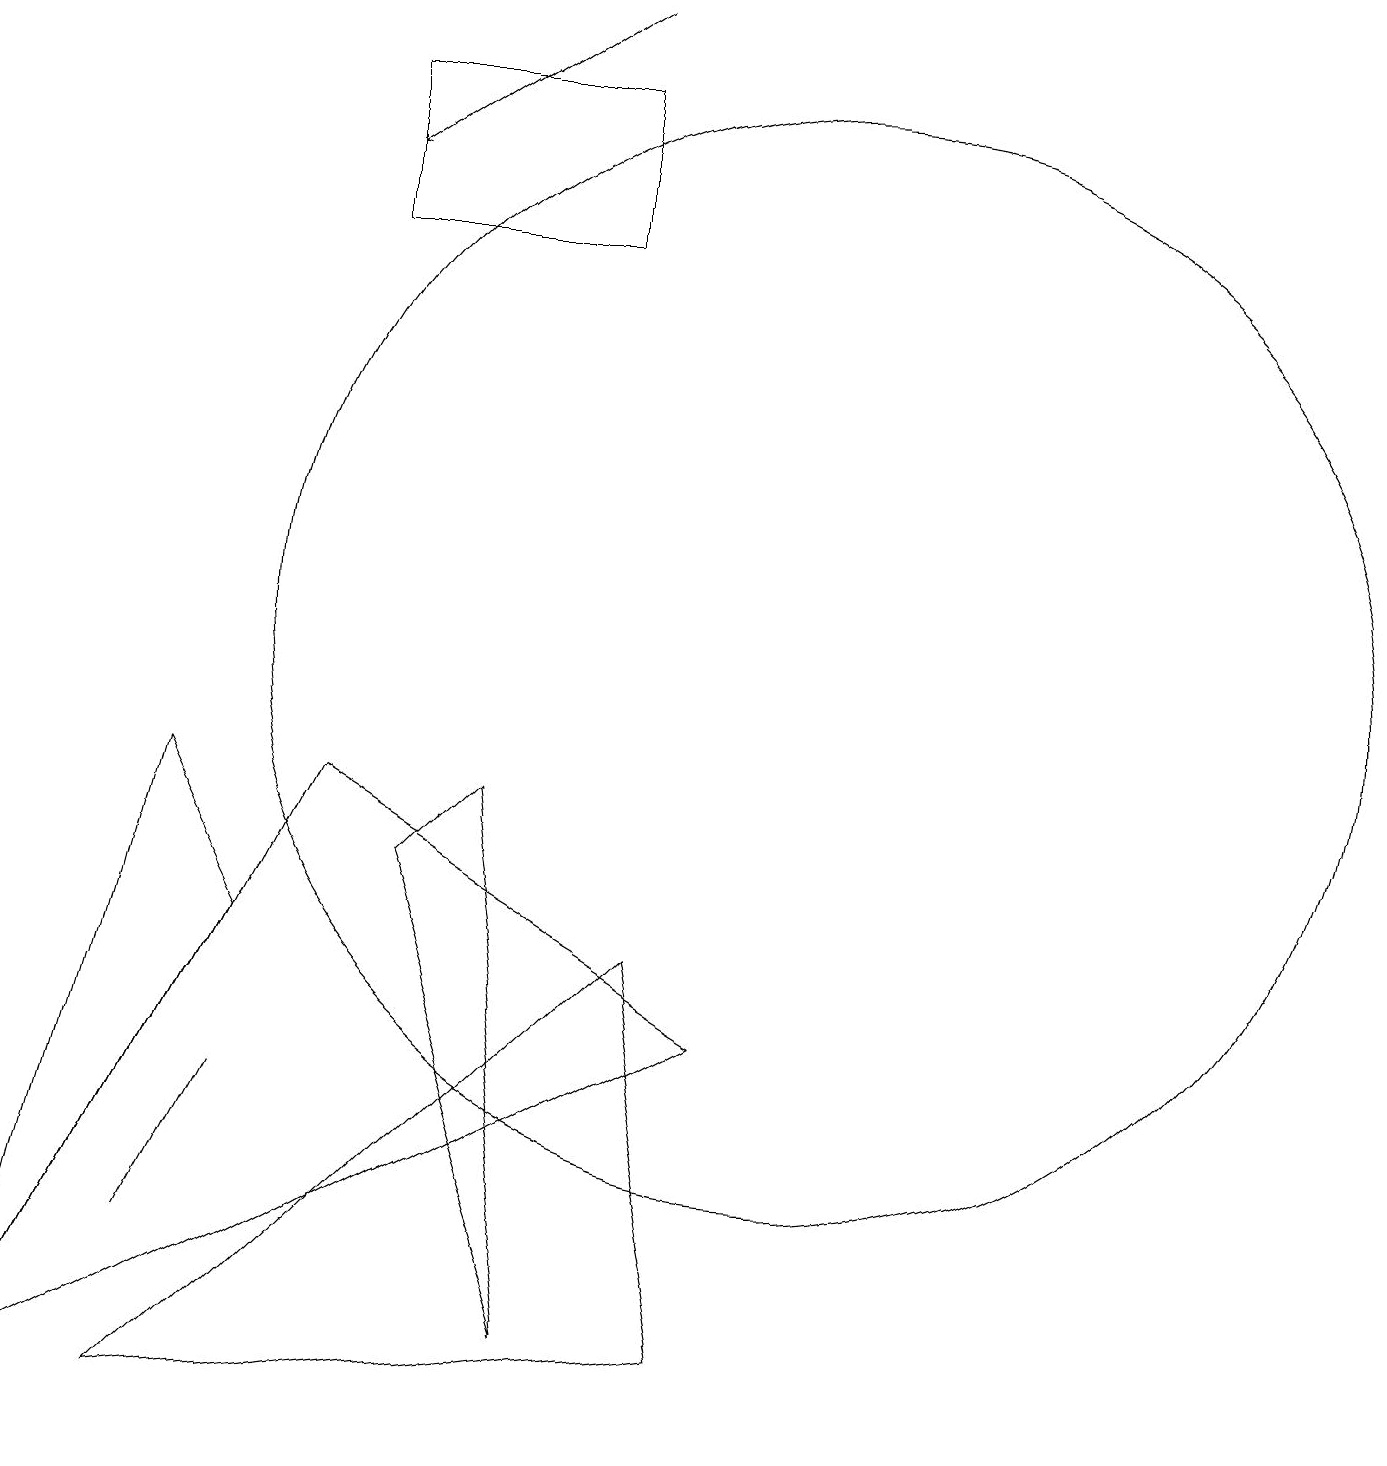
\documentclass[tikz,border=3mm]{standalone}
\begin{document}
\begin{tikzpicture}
\draw[->] (7,19) -- (4,17);
\draw (4,9) -- (0,1) -- (9,6) -- cycle;
\draw (2,3) -- (3,5) -- (3,5) -- cycle;
\draw (9,2) -- (2,1) -- (8,7) -- cycle;
\draw (4,18) rectangle (7,16);
\draw (0,1) -- (2,9) -- (3,7) -- cycle;
\draw (7,2) -- (5,8) -- (6,9) -- cycle;
\draw (10,11) circle (7);
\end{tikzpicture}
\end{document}